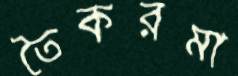
তৈকরমা